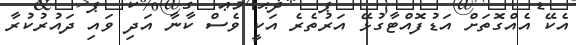
އެކޭ އެއްގޮތަށް އަޑުފޮއްޓާގުޅޭ އަރުތެރެ އަކީ ވެސް ކާނާ އަދި ވައި ދައުރުކުރާ